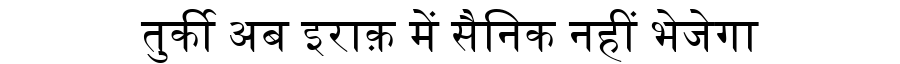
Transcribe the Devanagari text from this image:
तुर्की अब इराक़ में सैनिक नहीं भेजेगा